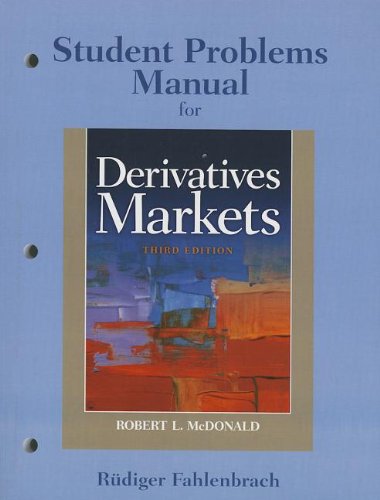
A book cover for Student Problem Manual for Derivatives Markets; Robert L. McDonald; Business & Money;